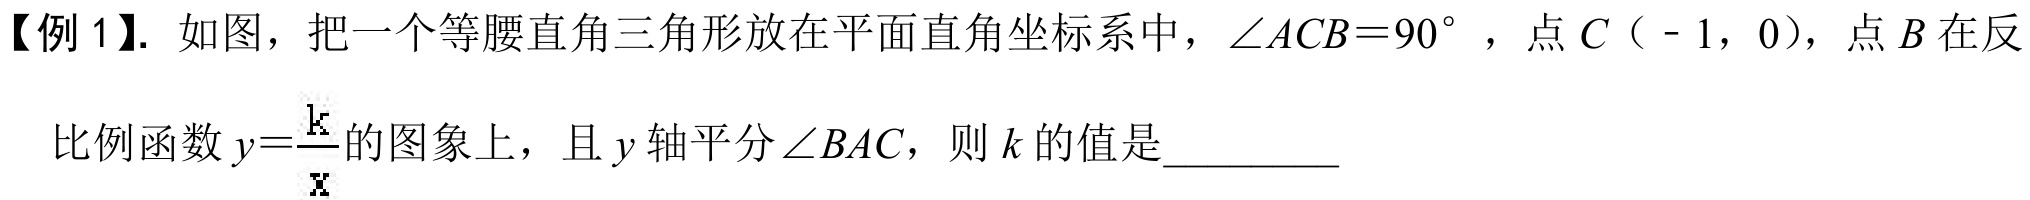
【例 1】. 如图，把一个等腰直角三角形放在平面直角坐标系中，\(\angle ACB = 90^{\circ}\)，点\(C（ - 1,0）\)，点\(B\)在反
比例函数\(y = \frac{k}{x}\)的图象上，且\(y\)轴平分\(\angle BAC\)，则\(k\)的值是_________